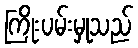
ကြိုးပမ်းမှုသည်